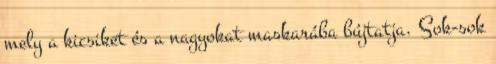
mely a kicsiket és a nagyokat maskarába bújtatja. Sok-sok